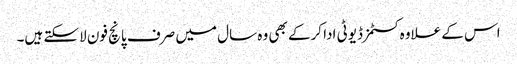
اس کے علاوہ کسٹمز ڈیوٹی ادا کرکے بھی وہ سال میں صرف پانچ فون لاسکتے ہیں۔